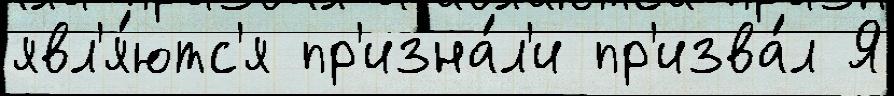
явл'я́ютс'я пр'изна́л'и пр'изва́л Я